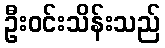
ဦးဝင်းသိန်းသည်